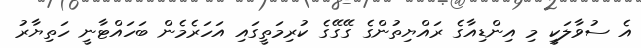
އެ ސުވާލަކީ މި އިންޑިއާގެ ރައްޔިތުންގެ ގޭގޭގެ ކުރިމަތީގައި އަހަރެމެން ބަހައްޓާނީ ހަތިޔާރު